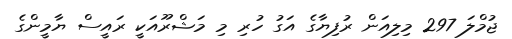
ޖުމްލަ 297 މިލިއަން ރުފިޔާގެ އަގު ހުރި މި މަޝްރޫއަކީ ރައީސް ޔާމީންގެ